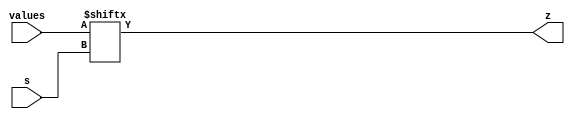
module Predecoder #(
  parameter INPUTS=4,
  parameter WIDTH=1<<INPUTS
) (
  input wire [WIDTH-1:0] values,
  input wire [INPUTS-1:0] s,
  output wire z
);

`ifdef PREDECODE_2
localparam LOWER_BITS = WIDTH/4;

// One hot encoding would be useful if we had transmission gates.
//wire [1:0] s_predecode
//  = (s[1:0] == 2'b00) ? 4'b0001
//  : (s[1:0] == 2'b01) ? 4'b0010
//  : (s[1:0] == 2'b10) ? 4'b0100
//  : (s[1:0] == 2'b11) ? 4'b1000 : 4'b0000;

wire [INPUTS-3:0] s_lower = s[INPUTS-3:0];

// TODO(growly): Couldn't get this to work.  //wire [3:0] values_intermediate = {
//    values[4*LOWER_BITS-1:3*LOWER_BITS][s_lower],
//    values[3*LOWER_BITS-1:2*LOWER_BITS][s_lower],
//    values[2*LOWER_BITS-1:1*LOWER_BITS][s_lower],
//    values[1*LOWER_BITS-1:0*LOWER_BITS][s_lower]};

// There must be a nicer way.
wire [LOWER_BITS-1:0] values_11 = values[4*LOWER_BITS-1:3*LOWER_BITS];
wire select_11 = values_11[s_lower];
wire [LOWER_BITS-1:0] values_10 = values[3*LOWER_BITS-1:2*LOWER_BITS];
wire select_10 = values_10[s_lower];
wire [LOWER_BITS-1:0] values_01 = values[2*LOWER_BITS-1:1*LOWER_BITS];
wire select_01 = values_01[s_lower];
wire [LOWER_BITS-1:0] values_00 = values[1*LOWER_BITS-1:0*LOWER_BITS];
wire select_00 = values_00[s_lower];

// TODO(growly): How to make sure this is a balanced tree?
reg z_int;
always @(*) begin
  case (s[INPUTS-1:INPUTS-2])
    2'b00: z_int = select_00;
    2'b01: z_int = select_01;
    2'b10: z_int = select_10;
    2'b11: z_int = select_11;
  endcase
end
assign z = z_int;

// Extract the two most-significant selection bits. These are pre-decoded:
//wire p1 = s[INPUTS-1];
//wire p0 = s[INPUTS-2];

//always @(*) begin
//  if (~p1 & ~p0) begin
//    z_int = select_00;
//  end else if (~p1 & p0) begin
//    z_int = select_01;
//  end else if (p1 & ~p0) begin
//    z_int = select_10;
//  end else begin
//    z_int = select_11;
//  end
//end

//assign z
//  = ~p1 & ~p0 ? select_00
//  : ~p1 & p0 ? select_01
//  : p1 & ~p0 ? select_10
//  : p1 & p0 ? select_11 : 1'bz;
           

`else
assign z = values[s];
`endif

endmodule